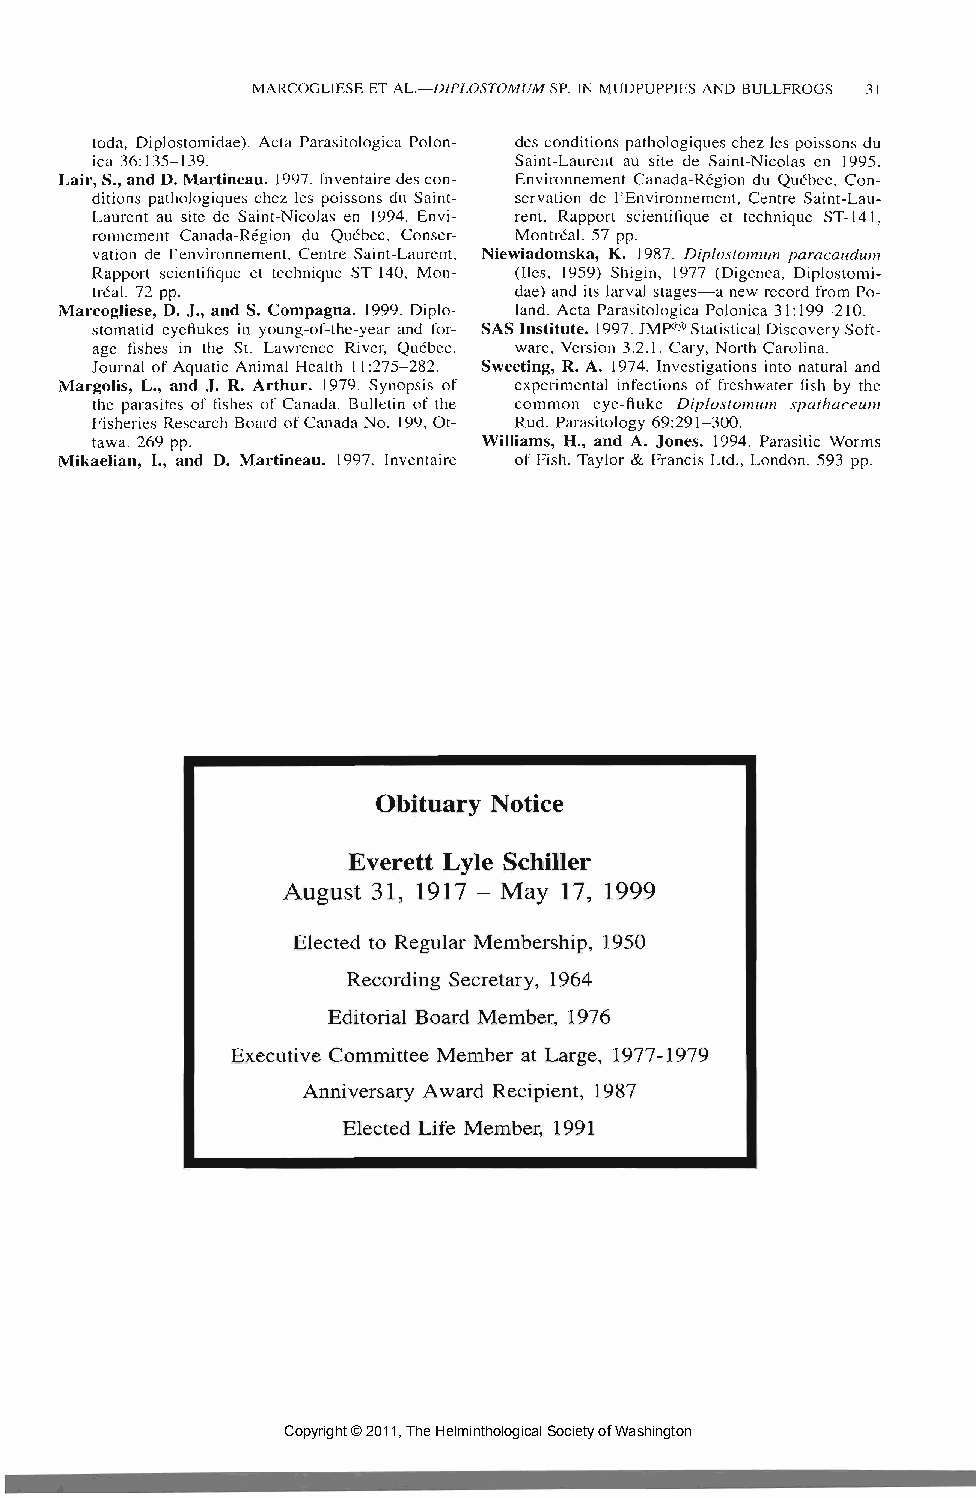
MARCOGLIESE ET AL.—DIPLOSTOMUM SP. IN MUDPUPP1ES AND BULLFROGS 31
 toda, Diplostomidae). Acta Parasitologica Polon- des conditions pathologiques chez les poissons du
 ica 36:135-139.             Saint-Laurent au site de Saint-Nicolas en 1995.
 Lair, S., and D. Martineau. 1997. Inventaire des con- Environnement Canada-Region du Quebec, Con-
 ditions pathologiques chez les poissons du Saint- servation de 1'Environnement, Centre Saint-Lau-
 Laurent au site de Saint-Nicolas en 1994. Envi- rent, Rapport scientifique et technique ST-141,
 ronnement Canada-Region du Quebec, Conser- Montreal. 57 pp.
 vation de 1'environnement, Centre Saint-Laurent, Niewiadomska, K. 1987. Diplostomum paracaudum
 Rapport scientifique et technique ST-140, Mon- (lies, 1959) Shigin, 1977 (Digenea, Diplostomi-
 treal. 72 pp.               dae) and its larval stages—a new record from Po-
 Marcogliese, D. J., and S. Compagna. 1999. Diplo- land. Acta Parasitologica Polonica 31:199-210.
 stomatid eyeflukes in young-of-the-year and for- SAS Institute. 1997. JMP® Statistical Discovery Soft-
 age fishes in the St. Lawrence River, Quebec. ware, Version 3.2.1. Cary, North Carolina.
 Journal of Aquatic Animal Health 11:275-282. Sweeting, R. A. 1974. Investigations into natural and
 Margolis, L., and J. R. Arthur. 1979. Synopsis of experimental infections of freshwater fish by the
 the parasites of fishes of Canada. Bulletin of the common eye-fluke Diplostomum spathaceum
 Fisheries Research Board of Canada No. 199, Ot- Rud. Parasitology 69:291-300.
 tawa. 269 pp.             Williams, H., and A. Jones. 1994. Parasitic Worms
 Mikaelian, I., and D. Martineau. 1997. Inventaire of Fish. Taylor & Francis Ltd., London. 593 pp.
 Obituary Notice
 Everett Lyle Schiller
 August 31, 1917 - May 17, 1999
 Elected to Regular Membership, 1950
 Recording Secretary, 1964
 Editorial Board Member, 1976
 Executive Committee Member at Large, 1977-1979
 Anniversary Award Recipient, 1987
 Elected Life Member, 1991
 Copyright © 2011, The Helminthological Society of Washington